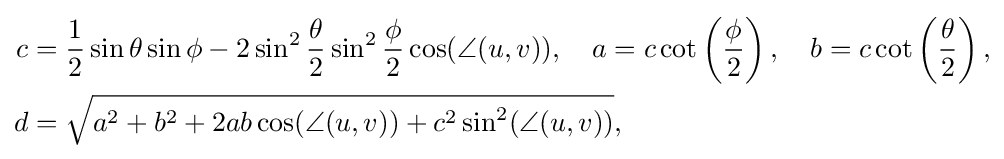
{\begin{aligned}c&={\frac {1}{2}}\sin \theta \sin \phi -2\sin ^{2}{\frac {\theta }{2}}\sin ^{2}{\frac {\phi }{2}}\cos(\angle (u,v)),\quad a=c\cot \left({\frac {\phi }{2}}\right),\quad b=c\cot \left({\frac {\theta }{2}}\right),\\d&={\sqrt {a^{2}+b^{2}+2ab\cos(\angle (u,v))+c^{2}\sin ^{2}(\angle (u,v))}},\end{aligned}}